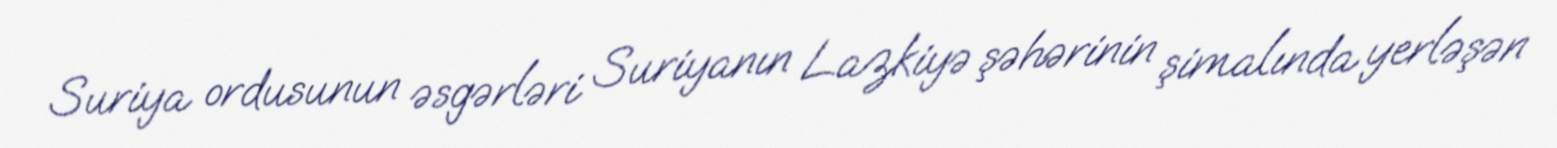
Suriya ordusunun əsgərləri Suriyanın Lazkiyə şəhərinin şimalında yerləşən